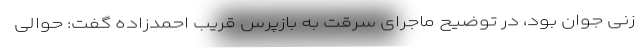
زنی جوان بود، در توضیح ماجرای سرقت به بازپرس قریب احمد‌زاده گفت: حوالی